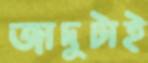
জাদুটাই